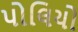
પોલિયો